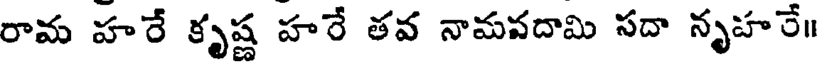
రామ హరే కృష్ణ హరే తవ నామవదామి సదా నృహరే॥